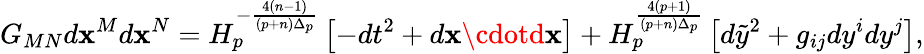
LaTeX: G_{MN}d\mathbf{x}^{M}d\mathbf{x}^{N}=H_{p}^{-{\frac{{4(n-1)}}{{(p+n)\Delta_{p}}}}}\left[-dt^{2}+d{\mathbf{\mathbf{x}}}\cdotd{\mathbf{\mathbf{x}}}\right]+H_{p}^{\frac{{4(p+1)}}{{(p+n)\Delta_{p}}}}\left[d\tilde{{y}}^{2}+g_{ij}dy^{i}dy^{j}\right],